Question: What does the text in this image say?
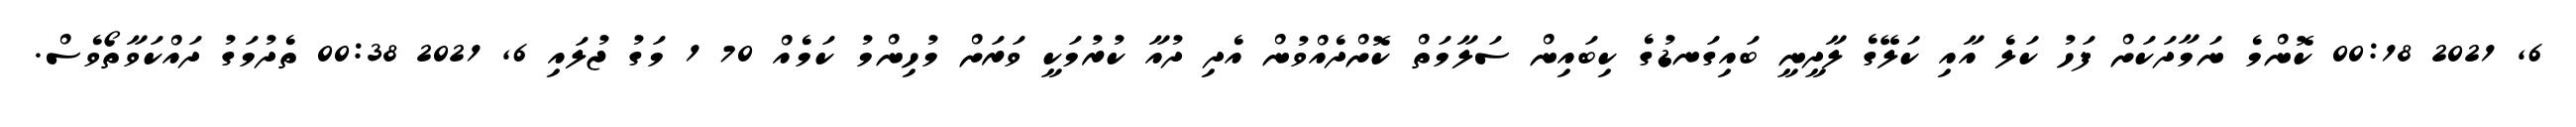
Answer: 6, 2021 00:18 ކޮންމެ ނަމާދަކަށް ފަހު ކަލެ އާއި ކަލޭގެ ލާދީނީ ބައިގަނޑުގެ ކިބައިން ސަލާމަތް ކޮށްދެއްވުން އެދި ދުއާ ކުރުމަކީ ވަރަށް މުހިންމު ކަމެއް 70 1 މަގު ޖުލައި 6, 2021 00:38 ތެދުމަގު ދައްކަވާތޯވެސް.